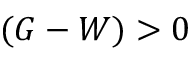
( G - W ) > 0